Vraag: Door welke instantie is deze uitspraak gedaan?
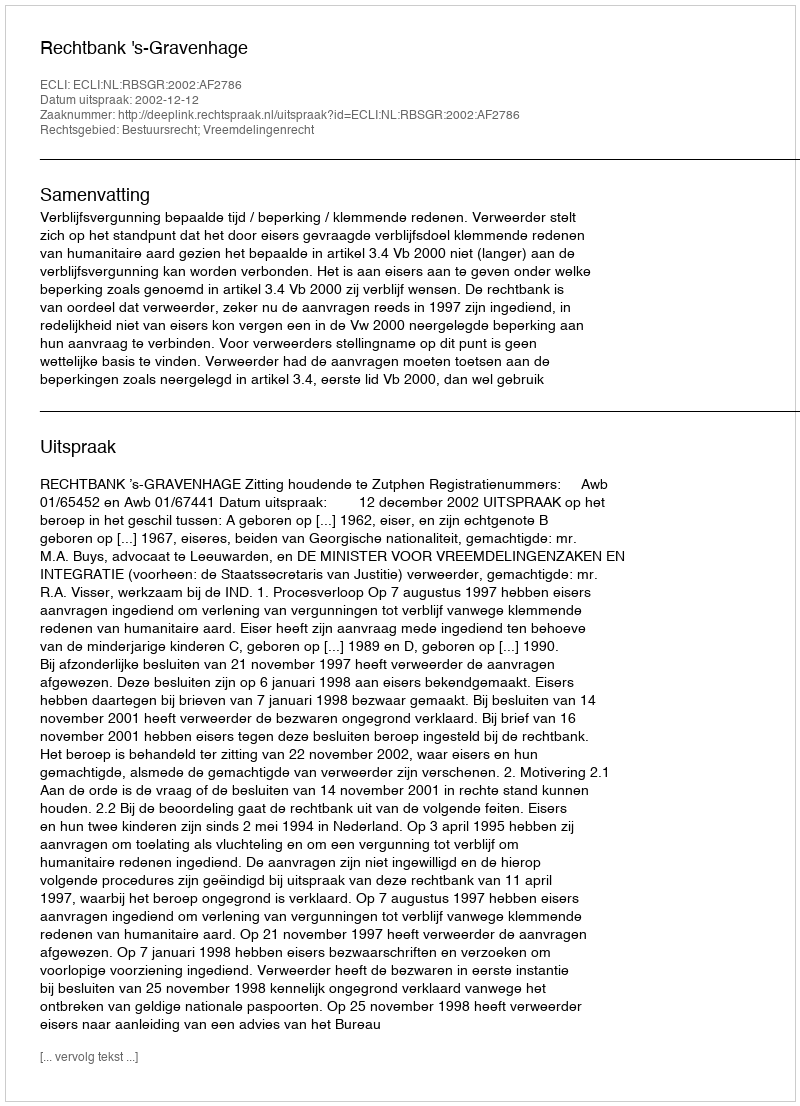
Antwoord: Rechtbank 's-Gravenhage